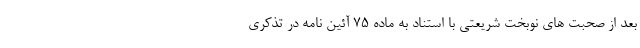
بعد از صحبت های نوبخت شریعتی با استناد به ماده ۷۵ آئین نامه در تذکری